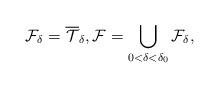
LaTeX: \begin{align*} \mathcal F_{\delta} = \overline{\mathcal T}_{\delta}, \mathcal F = \bigcup_{0 < \delta < \delta_0} \mathcal F_{\delta},\end{align*}